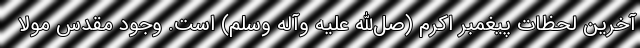
آخرین لحظات پیغمبر اکرم (صل‌الله علیه وآله وسلم) است. وجود مقدس مولا